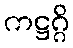
ကဋ္ဌဂ္ဂိ